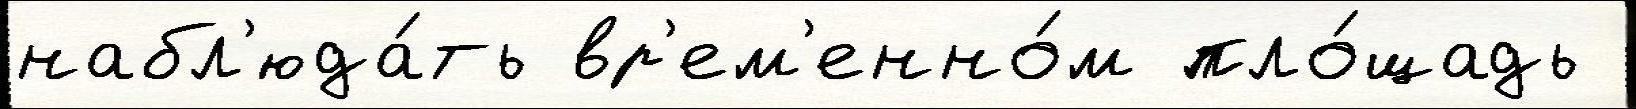
набл'юда́ть вр'ем'енно́м пло́щадь